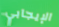
الإيجابي